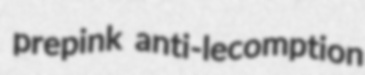
prepink anti-lecomption